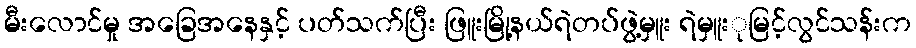
မီးလောင်မှု အခြေအနေနှင့် ပတ်သက်ပြီး ဖြူးမြို့နယ်ရဲတပ်ဖွဲ့မှူး ရဲမှူးုမြင့်လွင်သန်းက